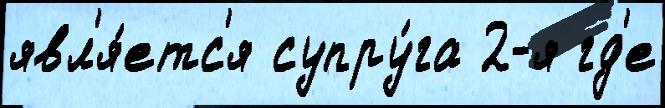
явл'я́етс'я супру́га 2-я гд'е